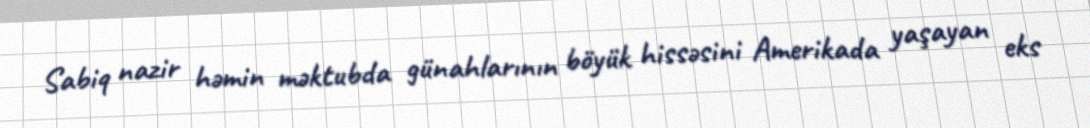
Sabiq nazir həmin məktubda günahlarının böyük hissəsini Amerikada yaşayan eks